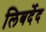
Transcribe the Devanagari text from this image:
लिबर्देद